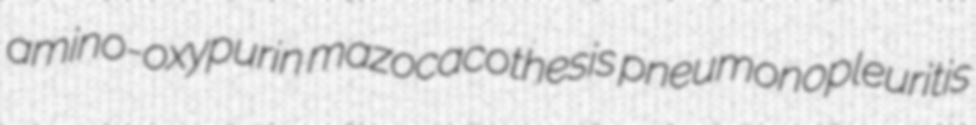
amino-oxypurin mazocacothesis pneumonopleuritis